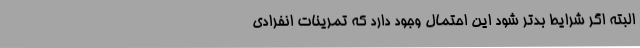
البته اگر شرایط بدتر شود این احتمال وجود دارد که تمرینات انفرادی